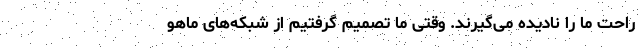
راحت ما را نادیده می‌گیرند. وقتی ما تصمیم گرفتیم از شبکه‌های ماهو